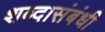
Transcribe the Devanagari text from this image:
शब्दासंबंधी